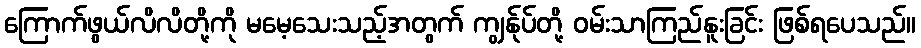
ကြောက်ဖွယ်လိလိတို့ကို မမေ့သေးသည့်အတွက် ကျွန်ုပ်တို့ ဝမ်းသာကြည်နူးခြင်း ဖြစ်ရပေသည်။